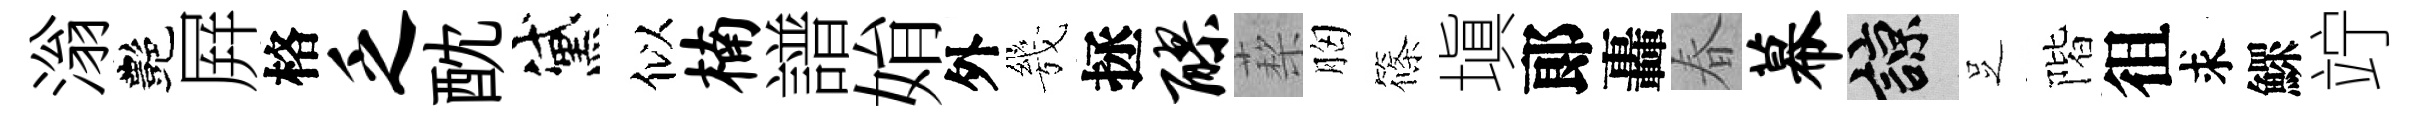
滃艷屛格乏酖黛似楠譜姢外㡬拯醪蔾胸篠塡郞轟春幕諒𠯁階徂求鰥竚